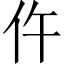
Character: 仵